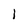
Character: 1